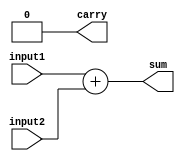
module Adder (
    input [3:0] input1,
    input [3:0] input2,
    output reg [4:0] sum,
    output reg carry
);

always @(*) begin
    {carry, sum} = input1 + input2;
end

endmodule